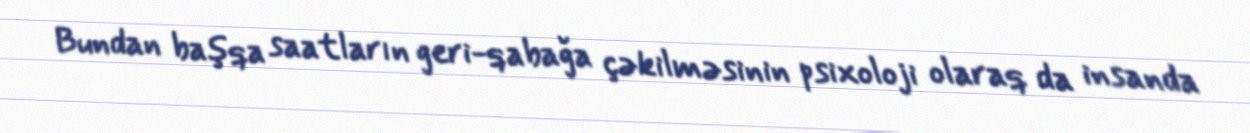
Bundan başqa saatların geri-qabağa çəkilməsinin psixoloji olaraq da insanda